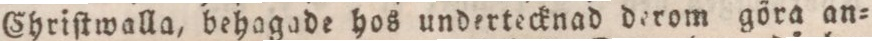
Chriſtwalla, behagade hos undertecknad derom göra an=